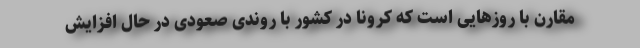
مقارن با روزهایی است که کرونا در کشور با روندی صعودی در حال افزایش